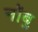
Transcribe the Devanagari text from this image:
नॉबु